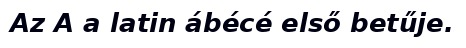
Az A a latin ábécé első betűje.